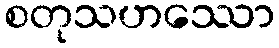
စတုသဟဿော